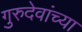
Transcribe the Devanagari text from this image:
गुरुदेवांच्या